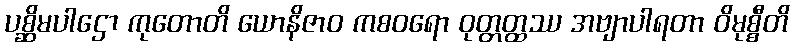
ပစ္ဆိမပါဌော ကုတောတိ ယောနိဇာဝ ကစဝရော ဝုတ္တတ္ထဿ အဗျာပါရတာ ဝိမုစ္စီတိ